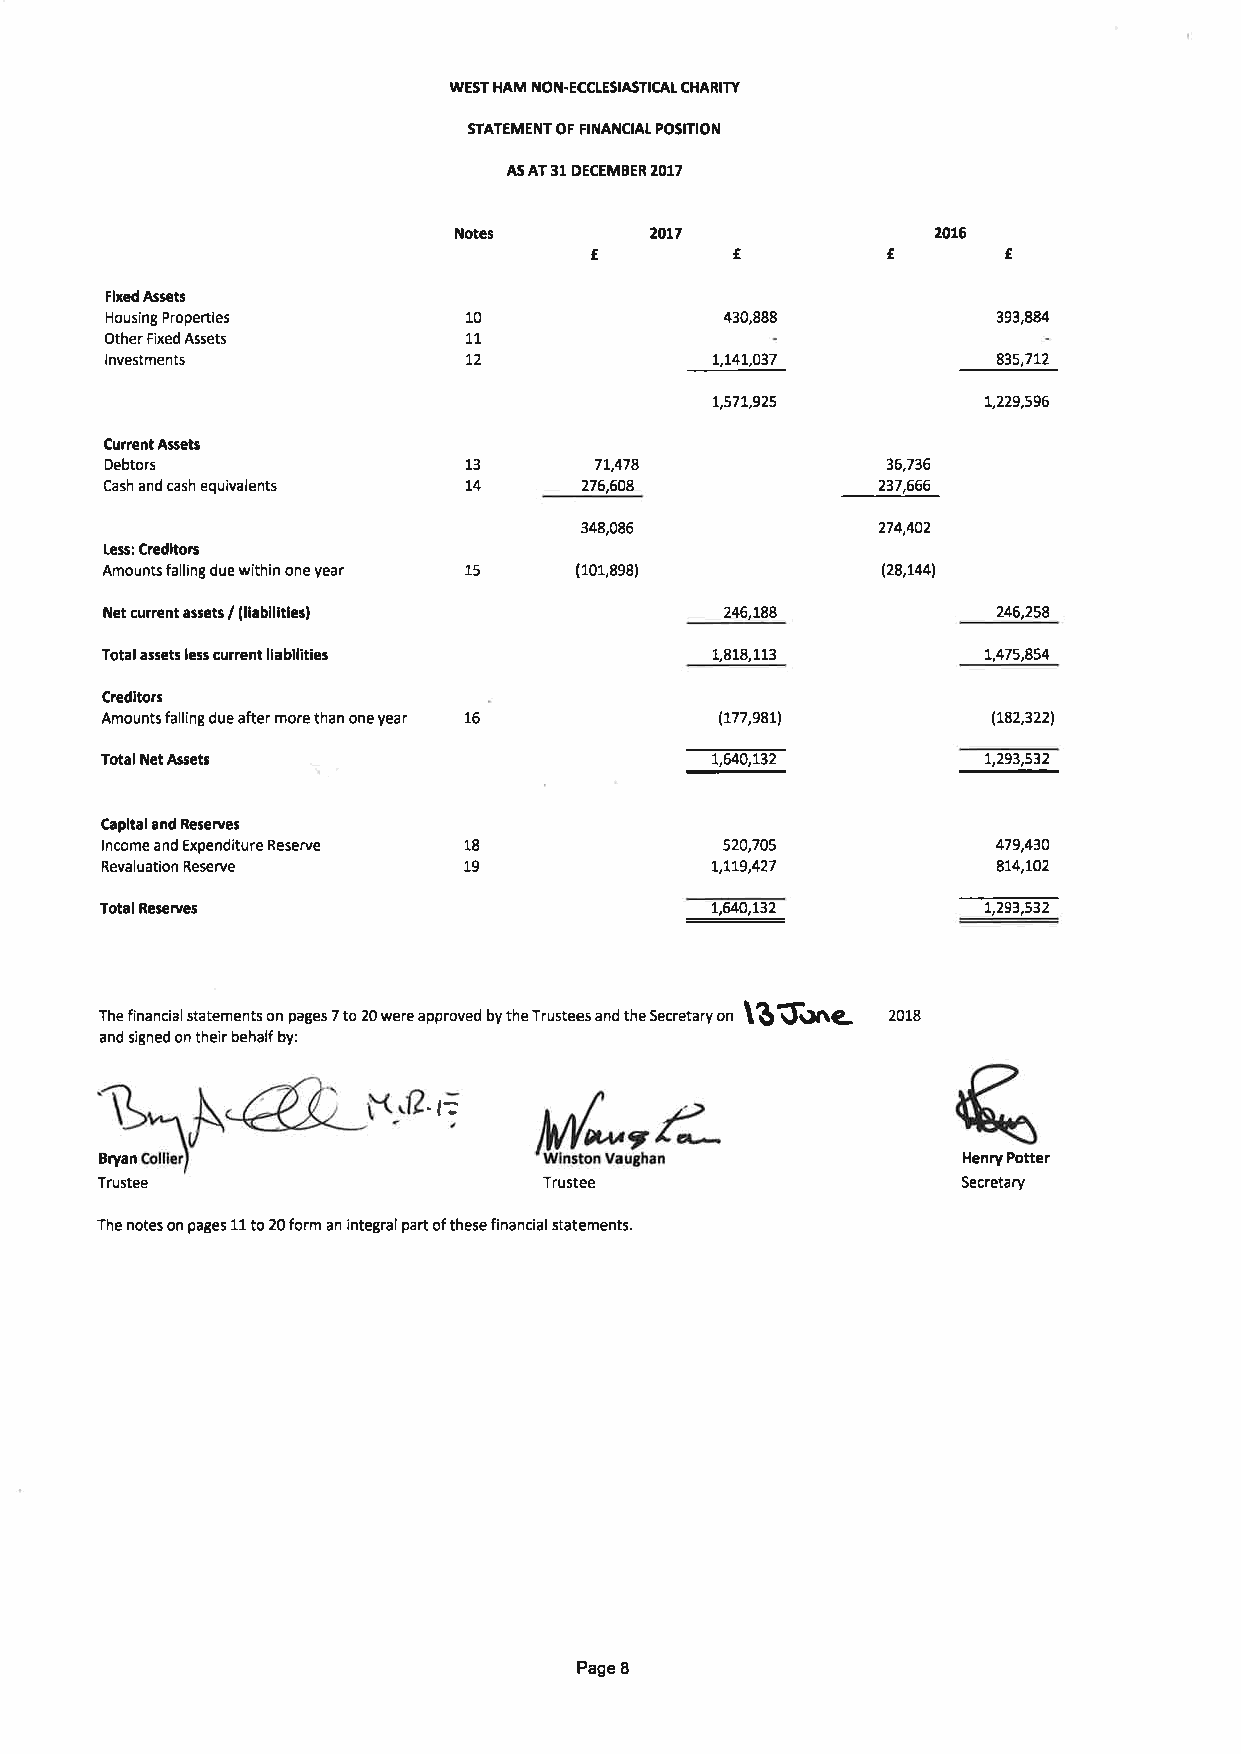
WEST HAM I{ON.ECCLESIASTICAT CHARIW
 STATEMENT OF FINANCIAL POSITION
 AS AT 31 DECEMBER 2017
 Notes        20L7               20L6
 f                           f
 e         G
 Flxed Assets
 Housing Properties      10               430,888           393,884
 Other Fixed Assets      11
 Investments             L2              L,L4L,O37          83s,7L2
 L,57L,925         t,229,s96
 Current Assets
 Debtors                 13      7L,478              36,736
 Cash and cash equivalents L4    276,608            217,666
 348,086             274,402
 Less: Creditors
 Amounts falling due within one year 15 (101,898)   (78,1441
 Net current assets / (llabilltles)       246,r88           246,258
 Total assets less current liabllities   1,818,113         L,475,854
 Credltors
 Amounts falling due after more than one year 16 (177,98t1  (L82,3221
 Total Net Asets                         t,640,t32         t,293,s32
 Capital and Reserves
 lncome and Expenditure Reserve 18        520,705           479,430
 Revaluation Reserve     19              L,1L9,427          8t4,102
 -@
 Total Reserves                                            t,293,532
 The financial statements on pages 7 to 20 were approved by the Trustees and the Secret.ry on \3G)ng 2018 q
 and signed on their behalf by:
 -t:
 lffiu?^oz
 Bryan                                                    Henry Potter
 Trustee                       Trustee                     Secretary
 The notes on pages 11 to 20 form an integral part of these financial statements.
 Page 8